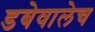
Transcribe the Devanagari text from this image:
डबेवालेच